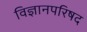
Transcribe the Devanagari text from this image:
विज्ञानपरिषद